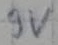
Text: 9V